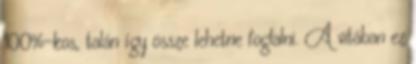
100%-kos, talán így össze lehetne foglalni. A vitában ez